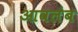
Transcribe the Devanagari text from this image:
आवलंब